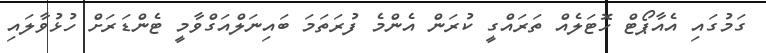
ގަމުގައި އެއާޕޯޓް ހޮޓަލެއް ތަރައްގީ ކުރަން އެންމެ ފުރަތަމަ ބައިނަލްއަގްވާމީ ޓެންޑަރަށް ހުޅުވާލައި